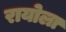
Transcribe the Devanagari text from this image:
रायोला